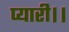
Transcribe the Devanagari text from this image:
प्यारी।।